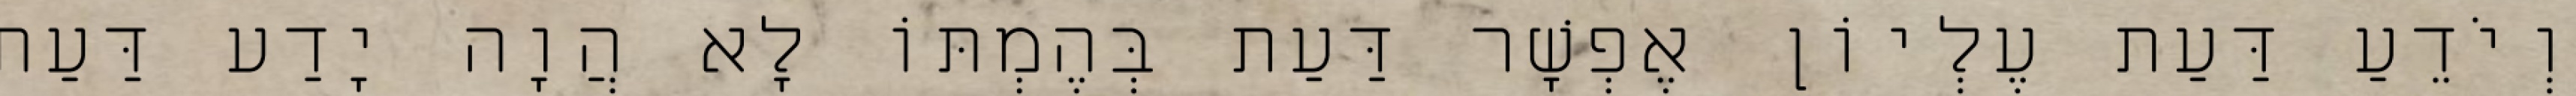
וְיֹדֵעַ דַּעַת עֶלְיוֹן אֶפְשָׁר דַּעַת בְּהֶמְתּוֹ לָא הֲוָה יָדַע דַּעַת